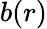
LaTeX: b(r)